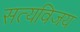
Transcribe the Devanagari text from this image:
सत्यविजय